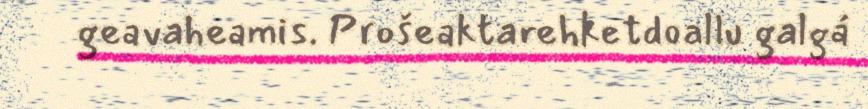
geavaheamis. Prošeaktarehketdoallu galgá